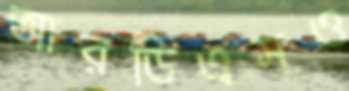
আরডিএসও